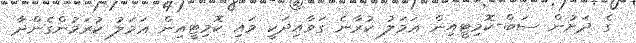
ގެ ދަށުން ސަބް-ކޮމިޓީއިން ޢަމަލު ކުރާނެ ގަވާއިދަކީ މައި ކޮމިޓީއިން ޢަމަލު ކުރަމުންގެންދާ